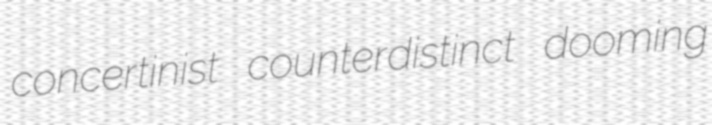
concertinist counterdistinct dooming